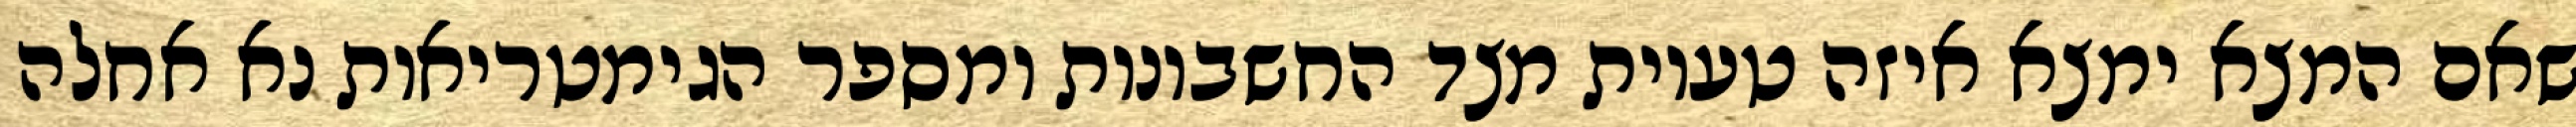
שאם המצא ימצא איזה טעיות מצד החשבונות ומספר הגימטריאות נא אחלה